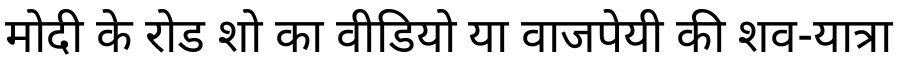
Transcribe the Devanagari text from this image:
मोदी के रोड शो का वीडियो या वाजपेयी की शव-यात्रा